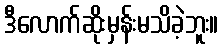
ဒီလောက်ဆိုးမှန်းမသိခဲ့ဘူး။